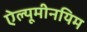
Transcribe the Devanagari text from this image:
ऐल्यूमीनयिम